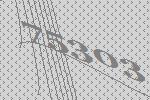
75303